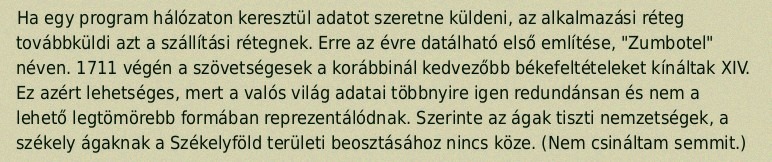
Ha egy program hálózaton keresztül adatot szeretne küldeni, az alkalmazási réteg továbbküldi azt a szállítási rétegnek. Erre az évre datálható első említése, "Zumbotel" néven. 1711 végén a szövetségesek a korábbinál kedvezőbb békefeltételeket kínáltak XIV. Ez azért lehetséges, mert a valós világ adatai többnyire igen redundánsan és nem a lehető legtömörebb formában reprezentálódnak. Szerinte az ágak tiszti nemzetségek, a székely ágaknak a Székelyföld területi beosztásához nincs köze. (Nem csináltam semmit.)